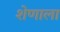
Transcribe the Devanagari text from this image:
शेणाला